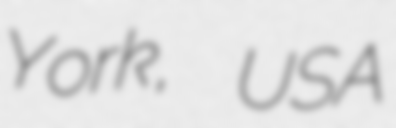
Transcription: York, USA